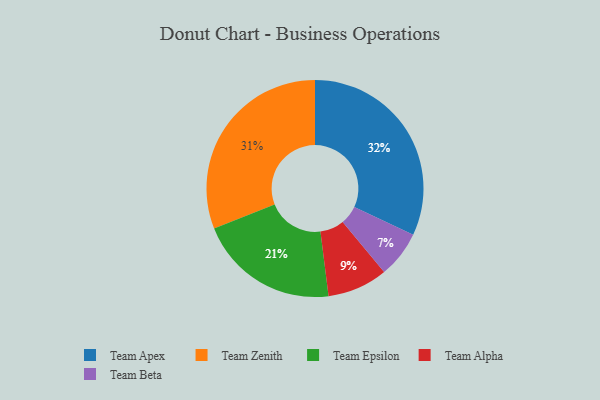
{"axis": {"x": "Category", "y": "Percentage"}, "legend": ["Team Alpha", "Team Apex", "Team Beta", "Team Epsilon", "Team Zenith"], "data": [{"x": "Team Beta", "y": 7, "type": "Team Beta"}, {"x": "Team Alpha", "y": 9, "type": "Team Alpha"}, {"x": "Team Apex", "y": 32, "type": "Team Apex"}, {"x": "Team Epsilon", "y": 21, "type": "Team Epsilon"}, {"x": "Team Zenith", "y": 31, "type": "Team Zenith"}]}